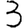
Digit: 3